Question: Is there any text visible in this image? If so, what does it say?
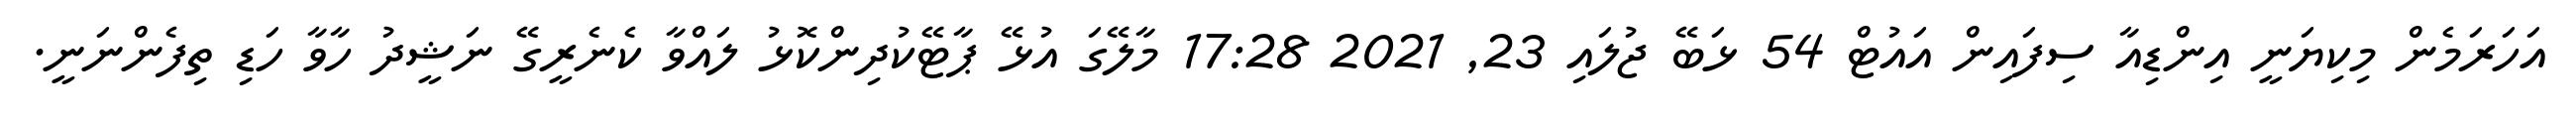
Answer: އަހަރަމެން މިކިޔަނީ އިންޑިއާ ސިފައިން އައުޓް 54 ޅަބޭ ޖުލައި 23, 2021 17:28 މާލޭގަ އުޅޭ ޕާޓޭކުދިންކޮޅު ލައްވާ ކެނެރީގޭ ނަޝީދު ހާވާ ހަޑި ތިފެންނަނީ.